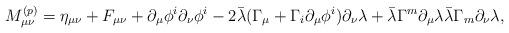
LaTeX: \begin{align*}M_{\mu\nu}^{(p)} = \eta_{\mu\nu} + F_{\mu\nu} + \partial_\mu \phi^i\partial_\nu \phi^i - 2 \bar\lambda (\Gamma_\mu + \Gamma_i \partial_\mu \phi^i)\partial_\nu \lambda+ \bar\lambda \Gamma^m \partial_\mu \lambda \bar\lambda \Gamma_m \partial_\nu\lambda,\end{align*}